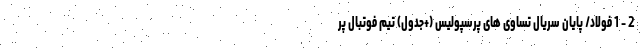
2 - 1 فولاد/ پایان سریال تساوی های پرسپولیس (+جدول) تیم فوتبال پر